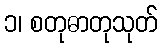
၁၊ စတုဓာတုသုတ်